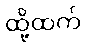
ထို့ထက်